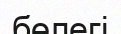
бөлегі